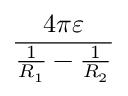
\frac { 4 \pi \varepsilon } { { \frac { 1 } { R _ { 1 } } } - { \frac { 1 } { R _ { 2 } } } }